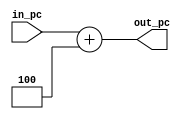
`timescale 1ns / 1ps
//////////////////////////////////////////////////////////////////////////////////
// Company: 
// Engineer: 
// 
// Design Name: 
// Module Name: ADD_PC_4
// Project Name: 
// Target Devices: 
// Tool Versions: 
// Description: 
// 
// Dependencies: 
// 
// Revision:
// Revision 0.01 - File Created
// Additional Comments:
// 
//////////////////////////////////////////////////////////////////////////////////

`define WIDTH_PC  32
module ADD_PC_4(in_pc , out_pc);
 input [`WIDTH_PC-1:0] in_pc ;
 output [`WIDTH_PC-1:0] out_pc ; 
 
 assign out_pc = in_pc + 32'd4; 
endmodule